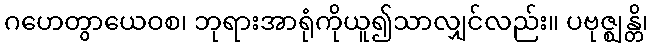
ဂဟေတွာယေဝစ၊ ဘုရားအာရုံကိုယူ၍သာလျှင်လည်း။ ပဗုဇ္ဈန္တိ၊